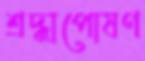
শ্রদ্ধাপোষণ